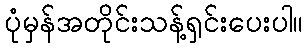
ပုံမှန်အတိုင်းသန့်ရှင်းပေးပါ။